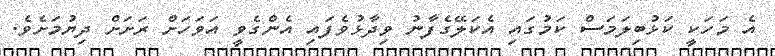
އެ މަހަކީ ކަޅުބިލަމަސް ކަމުގައި އެކަލޭގެފާނު ވިދާޅުވެފައި އެންގެވީ އަވަހަށް ރަށަށް ދިޔުމަށެވެ.